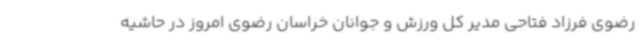
رضوی فرزاد فتاحی مدیر کل ورزش و جوانان خراسان رضوی امروز در حاشیه